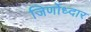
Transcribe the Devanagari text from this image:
जिर्णोध्दार